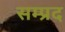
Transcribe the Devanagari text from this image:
सम्प्रद